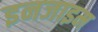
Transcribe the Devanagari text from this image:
इनजाइम